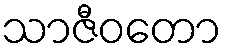
သာဇီဝတော